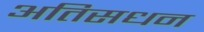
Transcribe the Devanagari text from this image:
अतिसधन